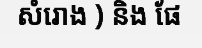
សំរោង ) និង ផែ